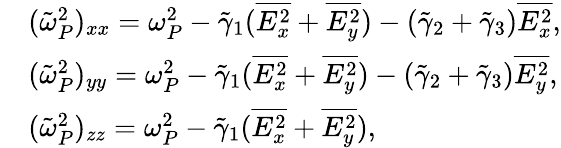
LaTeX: \begin{array}{rl}&{(\tilde{\omega}_{P}^{2})_{xx}=\omega_{P}^{2}-\tilde{\gamma}_{1}(\overline{{E_{x}^{2}}}+\overline{{E_{y}^{2}}})-(\tilde{\gamma}_{2}+\tilde{\gamma}_{3})\overline{{E_{x}^{2}}},}\\ &{(\tilde{\omega}_{P}^{2})_{yy}=\omega_{P}^{2}-\tilde{\gamma}_{1}(\overline{{E_{x}^{2}}}+\overline{{E_{y}^{2}}})-(\tilde{\gamma}_{2}+\tilde{\gamma}_{3})\overline{{E_{y}^{2}}},}\\ &{(\tilde{\omega}_{P}^{2})_{zz}=\omega_{P}^{2}-\tilde{\gamma}_{1}(\overline{{E_{x}^{2}}}+\overline{{E_{y}^{2}}}),}\end{array}